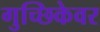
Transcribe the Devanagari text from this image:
गुच्छिकेवर